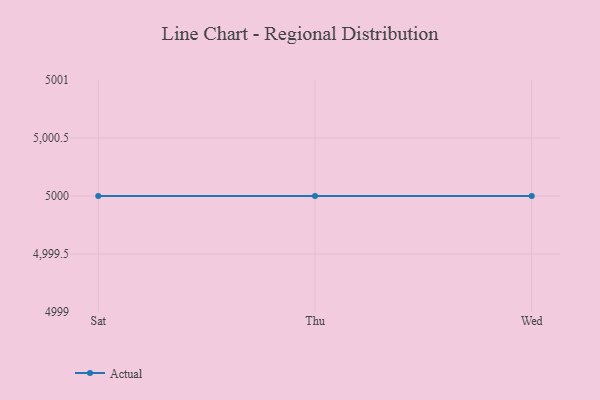
{"axis": {"x": "Day", "y": "Waste Production (Tons)"}, "legend": ["Actual"], "data": [{"x": "Sat", "y": 5000, "type": "Actual"}, {"x": "Thu", "y": 5000, "type": "Actual"}, {"x": "Wed", "y": 5000, "type": "Actual"}]}